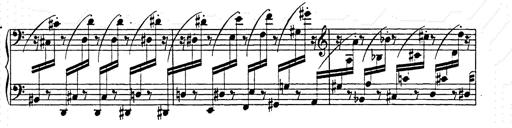
Title: Hungarian Rhapsody No.15
Composer: Franz Liszt
Key: A minor